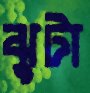
ঝুটা